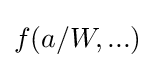
f(a/W,...)